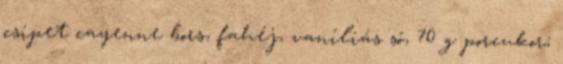
csipet cayenne bors, fahéj, vaníliás só, 70 g porcukor;